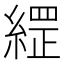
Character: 䌉